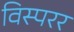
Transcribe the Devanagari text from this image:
विस्परर